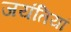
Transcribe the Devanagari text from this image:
जयंतियां